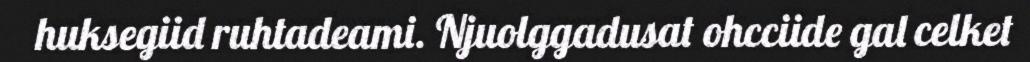
huksegiid ruhtadeami. Njuolggadusat ohcciide gal celket